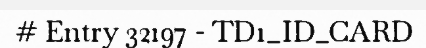
# Entry 32197 - TD1_ID_CARD